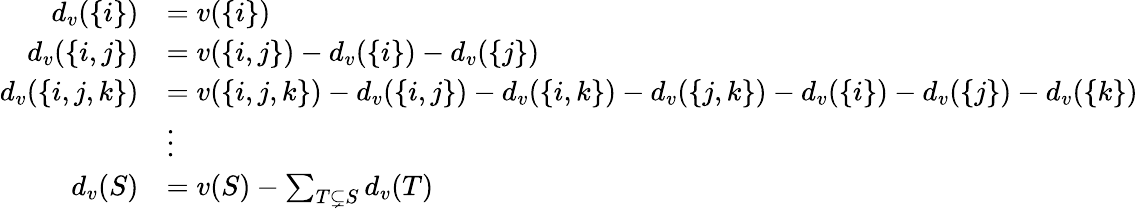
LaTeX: {\begin{array}{rl}{d_{v}(\{ i\} )}&{=v(\{ i\} )}\\ {d_{v}(\{ i,j\} )}&{=v(\{ i,j\} )-d_{v}(\{ i\} )-d_{v}(\{ j\} )}\\ {d_{v}(\{ i,j,k\} )}&{=v(\{ i,j,k\} )-d_{v}(\{ i,j\} )-d_{v}(\{ i,k\} )-d_{v}(\{ j,k\} )-d_{v}(\{ i\} )-d_{v}(\{ j\} )-d_{v}(\{ k\} )}\\ &{\vdots}\\ {d_{v}(S)}&{=v(S)-\sum_{T\subsetneq S}d_{v}(T)}\end{array}}